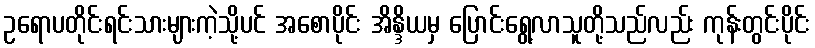
ဥရောပတိုင်းရင်းသားများကဲ့သို့ပင် အစောပိုင်း အိန္ဒိယမှ ပြောင်းရွေ့လာသူတို့သည်လည်း ကုန်းတွင်းပိုင်း